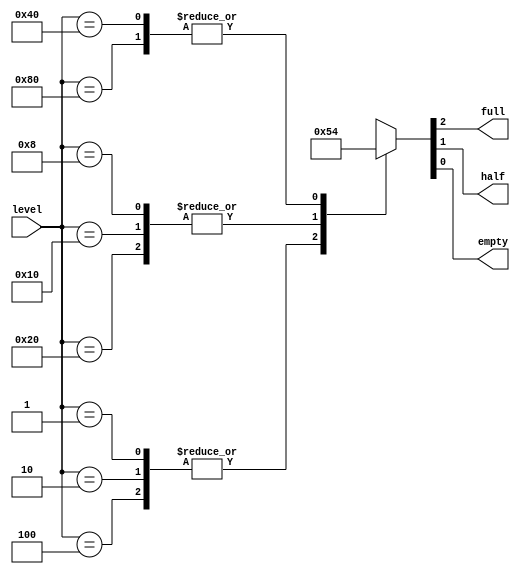
module water_level_indicator(input [7:0] level, output reg full, half, empty);
  always @(*) begin
    case(level)
      8'b00000001, 8'b00000010, 8'b00000100: begin
        {full, half, empty} = 3'b001; // empty
      end
      8'b00001000, 8'b00010000, 8'b00100000: begin
        {full, half, empty} = 3'b010; // half
      end
      8'b01000000, 8'b10000000: begin
        {full, half, empty} = 3'b100; // full
      end
      default: begin
        {full, half, empty} = 3'bxxx; // undefined
      end
    endcase
  end
endmodule